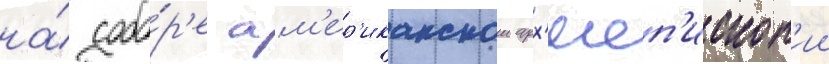
на́ собо́р'е ам'ер'иканскои арх'иеп'ископ'ии